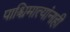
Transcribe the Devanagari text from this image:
पाश्चिमात्यांनाही